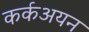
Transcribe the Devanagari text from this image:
कर्कअयन